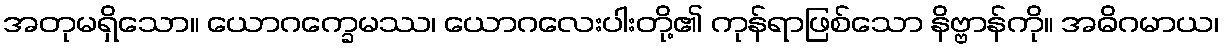
အတုမရှိသော။ ယောဂက္ခေမဿ၊ ယောဂလေးပါးတို့၏ ကုန်ရာဖြစ်သော နိဗ္ဗာန်ကို။ အဓိဂမာယ၊